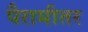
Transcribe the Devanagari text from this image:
पैरामीतर